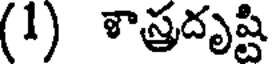
(1) శాస్త్రదృష్టి